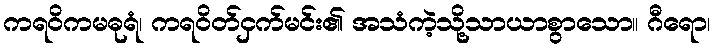
ကရဝိကမဓုရံ၊ ကရဝိတ်ငှက်မင်း၏ အသံကဲ့သို့သာယာစွာသော။ ဂီရော၊